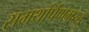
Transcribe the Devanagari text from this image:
समर्थार्पणमस्तु